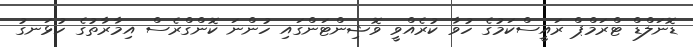
ޑޮނަލްޑް ޓްރަމްޕް ރައީސްކަމުގެ ހުވާ ކުރެއްވީ ވޮޝިންޓަންގައި ހުންނަ ކޮންގްރެސް އިމާރާތުގެ ހުޅަނގު